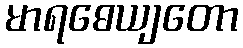
မာရဓေယျတော